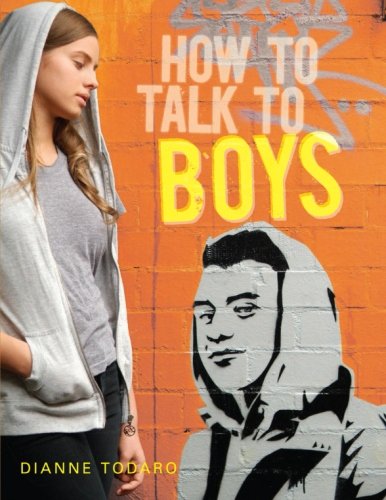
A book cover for How to Talk to Boys; Dianne Todaro; Teen & Young Adult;